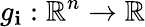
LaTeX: g_{\mathbf{i}}:\, \! \mathbb{{R}}^{n}\rightarrow\mathbb{{R}}